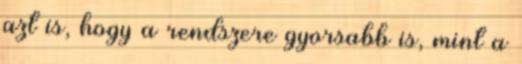
azt is, hogy a rendszere gyorsabb is, mint a